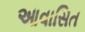
આવાસિત